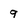
Character: 9